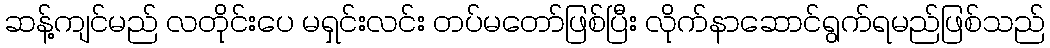
ဆန့်ကျင်မည် လတိုင်းပေ မရှင်းလင်း တပ်မတော်ဖြစ်ပြီး လိုက်နာဆောင်ရွက်ရမည်ဖြစ်သည်